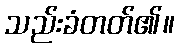
သည်းခံတတ်၏။